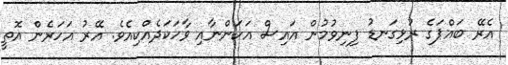
އެރޭ ބައްޕަގެ ރުޅިގަނޑު ފިނިވުމުން އައިސް އަހަންނާއި ވާހަކަދެއްކިއެވެ. އޭރު އަހަރެން އޮތީ